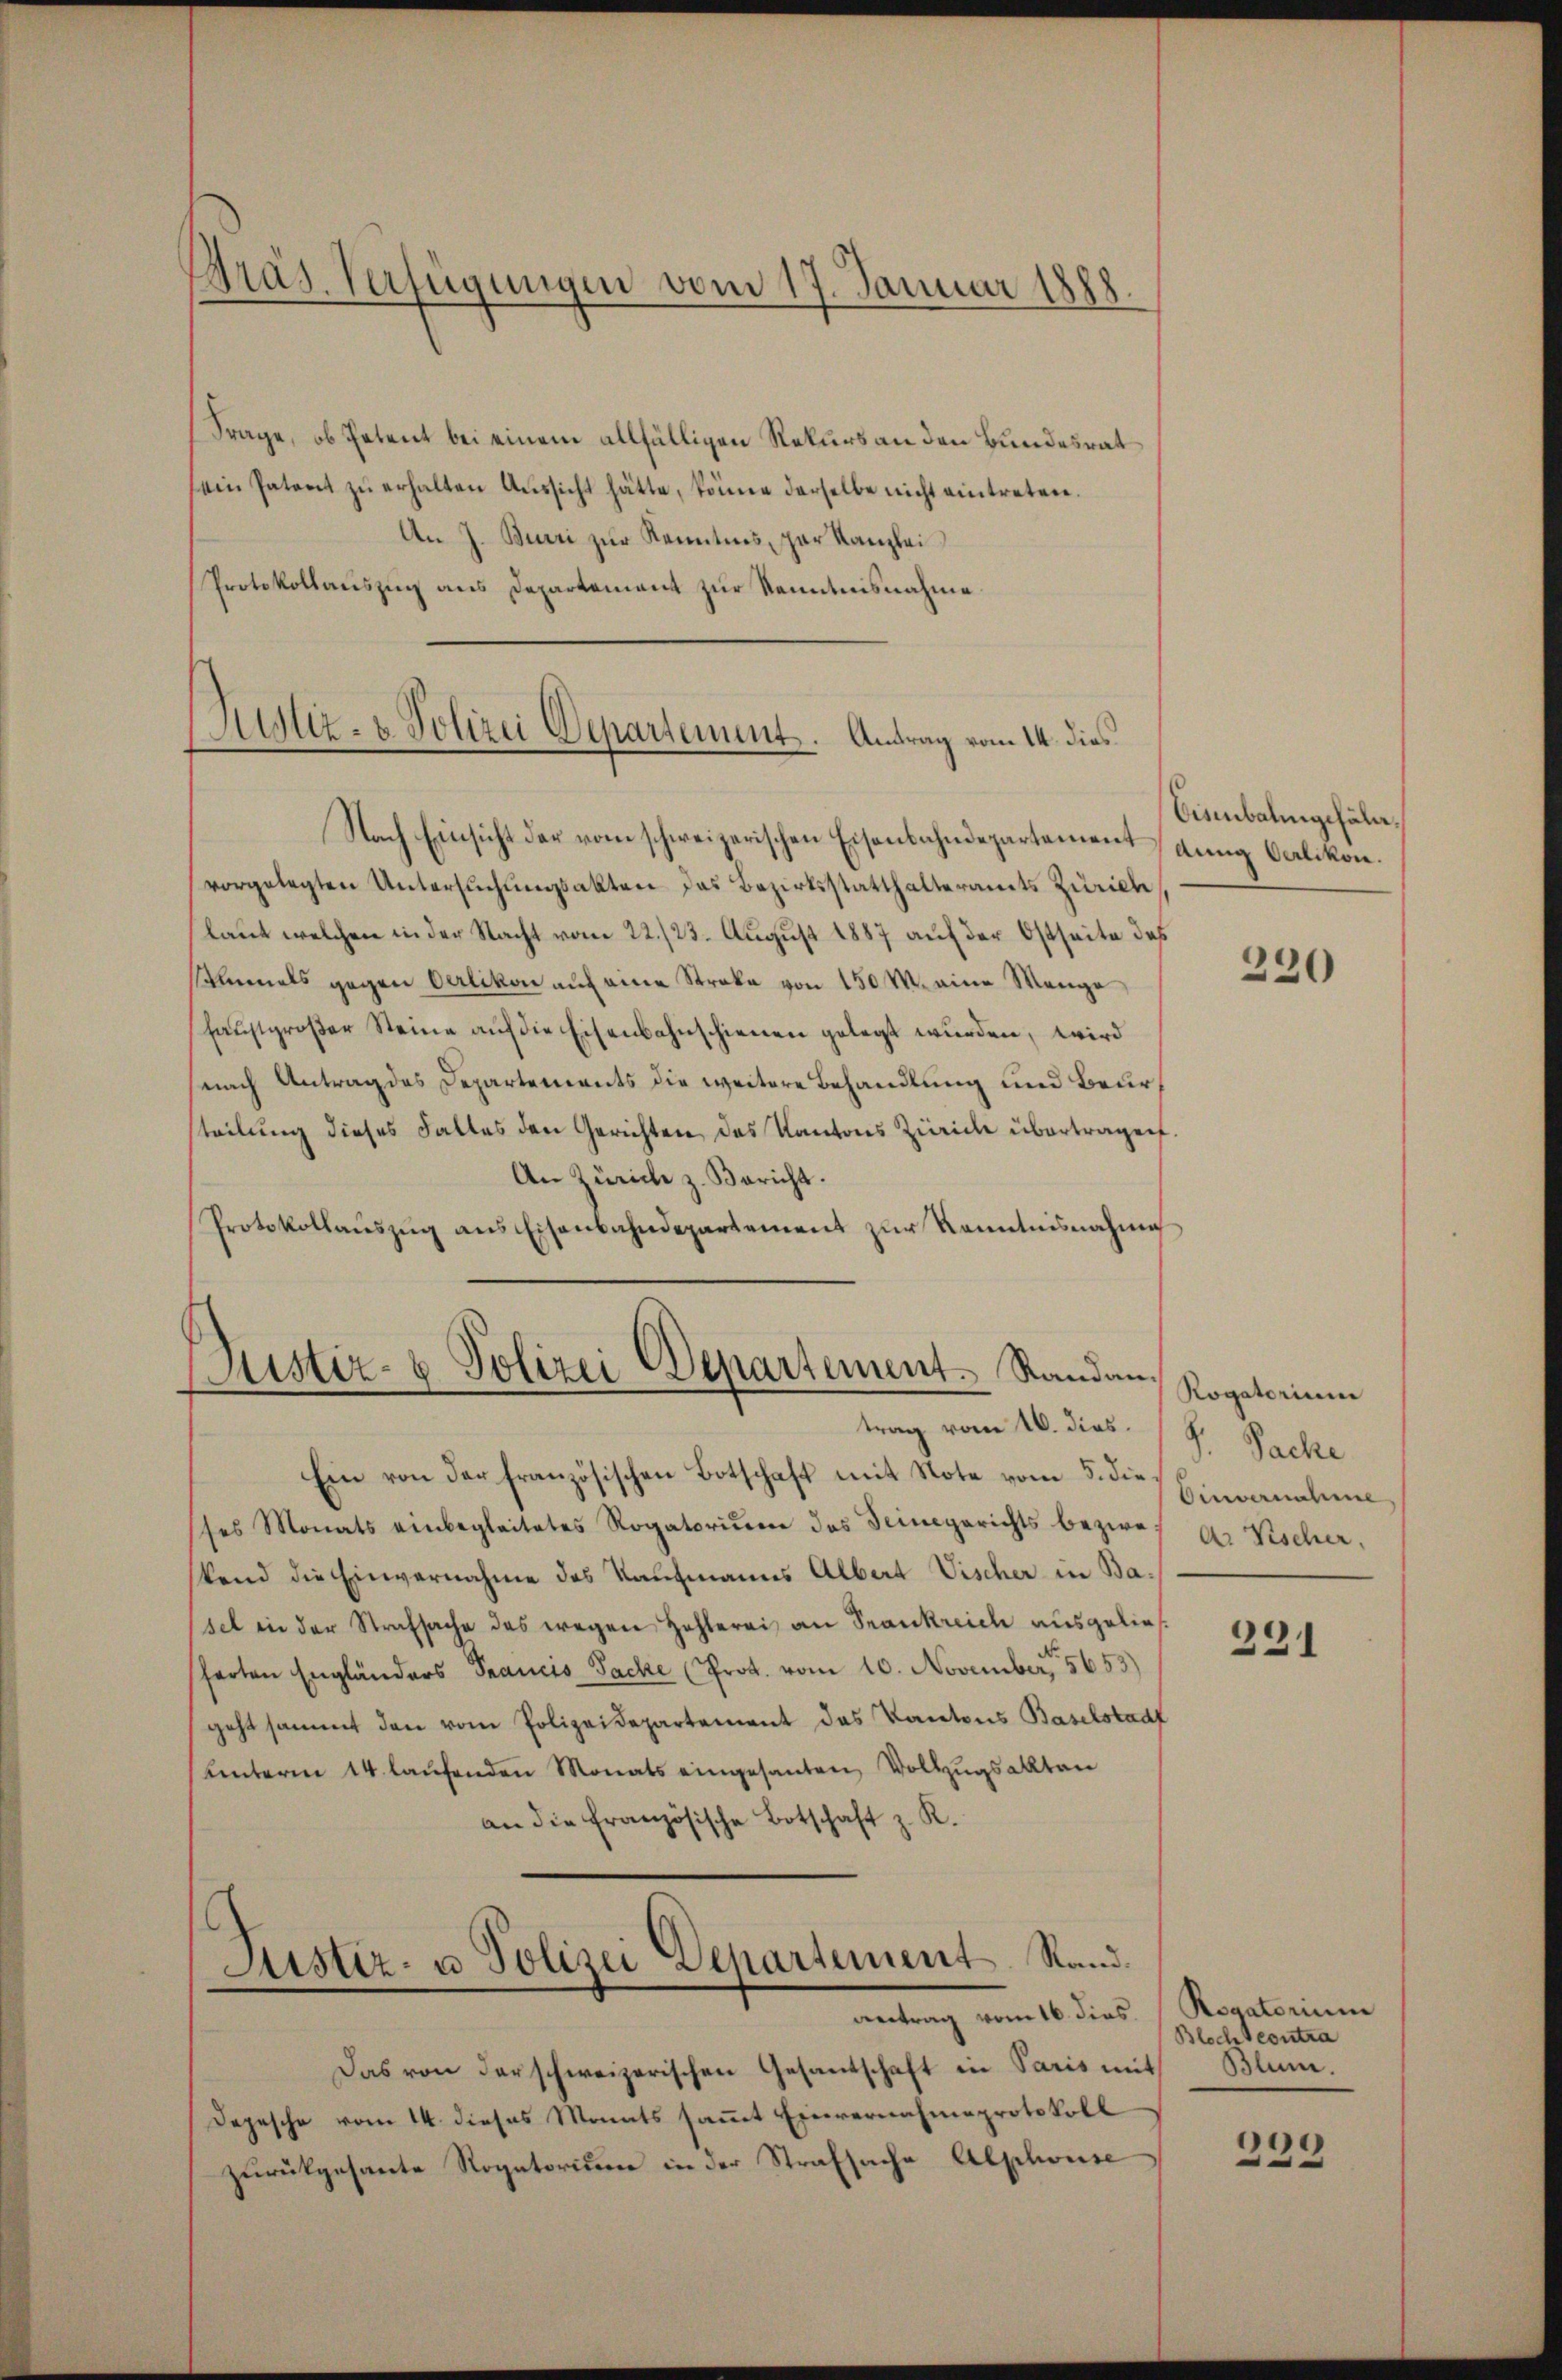
Gras Verfügungen vom 17. Januar 1888.

Frage, ob Petent bei einem allfälligen Rekurs an den Bundesrat
ein Patent zŭ erhalten Aŭssicht hätte, könne derselbe nicht eintreten.
An J. Burri zur Kenntnis, par Kanzlei
Protokollauszug aus Departement zur Kenntnisnahme.
Nach Einsicht der vom schweizerischen Eisenbahndepartement (dung Carlikon
vorgelegten Untersŭchŭngsakten das Bezirksstatthalteramts Zürich
laut welchen in der Nacht vom 22./23. August 1887 auf der Ostseite des
imals gegen Oerlikon aŭf eine Streke von 150 M. eine Mange
haustgroßer Steine auf die Eisenbahnschienen gelegt wurden, wird
nach Antrag des Departements die weitere Behandlung und Beursteilung dieses Falles den Gerichten, das Kantons Zürich übertragen.
An Zürich z. Bericht.
Protokollaŭszŭg ans Eisenbahndepartement zŭr Kenntnisnahme

Austiz- & Polizei Departement. Antrag vom 14. dies

Zustiz- & Polizei Departement. Randantrag vom 16. dies.

Ein von der französischen Botschaft mit Note vom 5. der Einvernahme
ses Monats einbegleitetes Rogatorium des Seinegerichts bezwe
stand die Einvernahme des Kaufmanns Albert Vischer in Basel in der Strafsache des wegen Hohlerei an Frankreich ausgeliefarten Engländers Francis Sache (Prot. vom 10. November, 15653)
geht sammt den vom Polizeidepartement das Kantons Baselstadt
Unterm 14. laŭfenden Monats eingesanten, Vollzugsallten
an die Französische Botschaft z. R.
Justiz- u Polizei Departement Randaertrag vom 16. dies.
Das von der schweizerischen Gesandschaft in Paris mit Blum.
Depesche vom 14. dieses Monats saṁt Einvernahmeprotokoll
zurückgesante Rogatorium in der Strafsache Alphonse

Eisenbahngefäll.

220

Rogatorium
S. Sache.
Ar Vischer,

231

Rogatorium
Blochtcontra

39
1
n